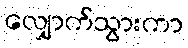
လျှောက်သွားကာ